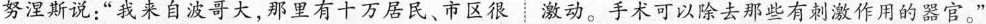
努涅斯说：”我来自波哥大，那里有十万居民、市区很⋮激动。手术可以除去那些有刺激作用的器官。”